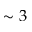
\sim 3